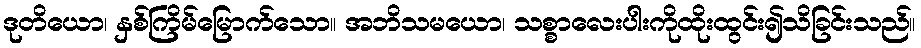
ဒုတိယော၊ နှစ်ကြိမ်မြောက်သော။ အဘိသမယော၊ သစ္စာလေးပါးကိုထိုးထွင်း၍သိခြင်းသည်။